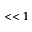
< < 1